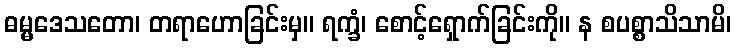
ဓမ္မဒေသတော၊ တရာဟောခြင်းမှ။ ရက္ခံ၊ စောင့်ရှောက်ခြင်းကို။ န စပစ္စာသိသာမိ၊